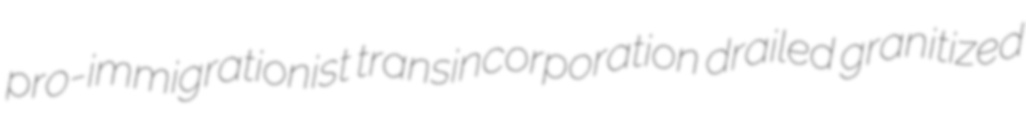
pro-immigrationist transincorporation drailed granitized